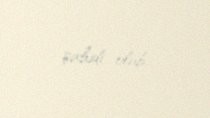
şahidi olub.